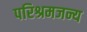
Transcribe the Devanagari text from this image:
परिश्रमजन्य